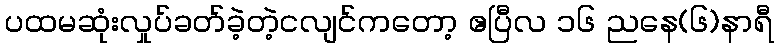
ပထမဆုံးလှုပ်ခတ်ခဲ့တဲ့ငလျင်ကတော့ ဧပြီလ ၁၆ ညနေ(၆)နာရီ